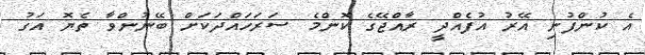
އެ ކުންފުނި އޭރު އުފެއްދީ ރާއްޖޭގެ ކޮންމެ ސަރަހައްދަކަށް ބޭނުންވާ ތެޔޮ އަގު